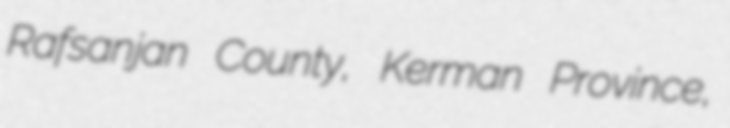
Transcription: Rafsanjan County, Kerman Province,